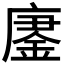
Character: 𫸀